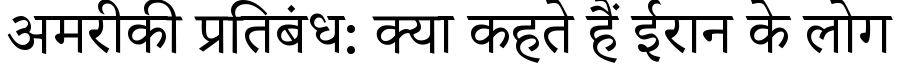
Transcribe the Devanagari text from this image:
अमरीकी प्रतिबंध: क्या कहते हैं ईरान के लोग